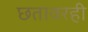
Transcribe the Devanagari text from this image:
छतावरही